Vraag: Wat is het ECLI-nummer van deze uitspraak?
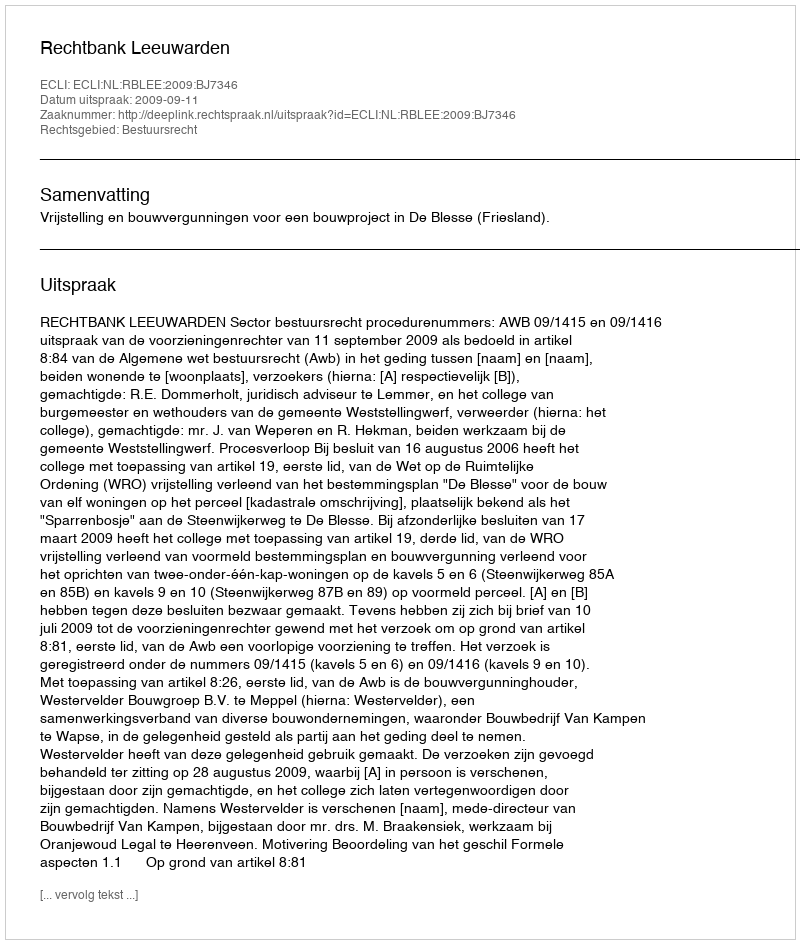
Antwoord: ECLI:NL:RBLEE:2009:BJ7346